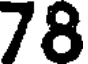
78